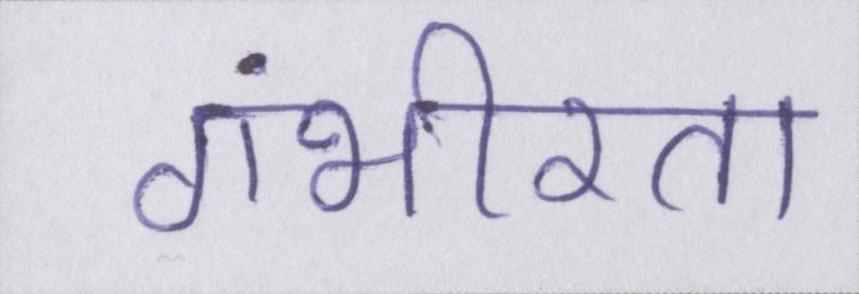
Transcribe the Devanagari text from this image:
गंभीरता